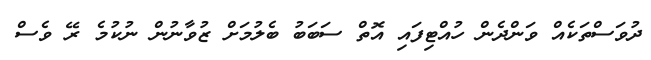
ދުވަސްތަކެއް ވަންދެން ހުއްޓިފައި އޮތް ސަބަބު ބެލުމަށް ޒުވާނުން ނުކުމެ ރޭ ވެސް